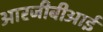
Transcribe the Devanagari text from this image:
आरजीबीआई